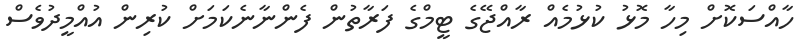
ހާއްސަކޮށް މިހާ މޮޅު ކުޅުމެއް ރާއްޖޭގެ ޓީމްގެ ފަރާތުން ފެންނާނެކަމަށް ކުރިން އުއްމީދުވެސް